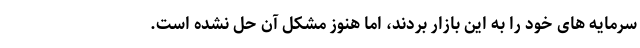
سرمایه های خود را به این بازار بردند، اما هنوز مشکل آن حل نشده است.